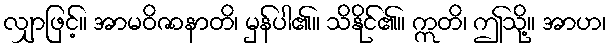
လျှာဖြင့်။ အာမဝိဇာနာတိ၊ မှန်ပါ၏။ သိနိုင်၏။ ဣတိ၊ ဤသို့။ အာဟ၊